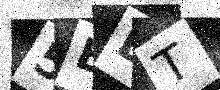
Text: 5BLT